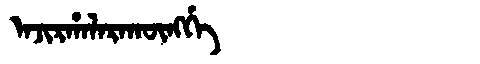
Manchu: ᠠᠵᡳᡵᡥᠠᠯᠠᡵᠠᡴᡡᠩᡤᡝ
Romanization: AJIRHALARAKŪNGGE